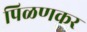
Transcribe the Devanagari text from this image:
पिळणकर